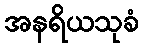
အနရိယသုခံ